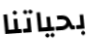
بحياتنا